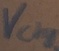
Text: Vcharge